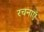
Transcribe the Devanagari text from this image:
रचनाएॅ